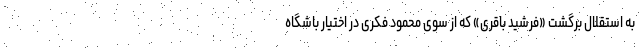
به استقلال برگشت «فرشید باقری» که از سوی محمود فکری در اختیار باشگاه